Annual report of the Bengal Veterinary College and of the Civil Veterinary Department, Bengal, for the year 1899-1900 - 1899-1900
Year: 1899
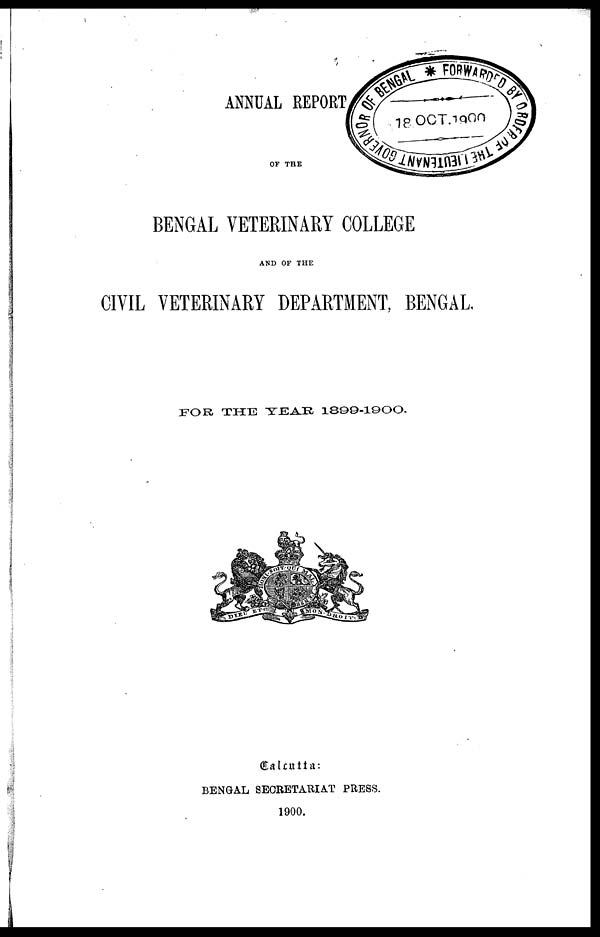
ANNUAL REPORT
of the
BENGAL VETERINARY COLLEGE
AND OF THE
CIVIL VETERINARY DEPARTMENT, BENGAL,
FOR THE YEAR 1899-1900.
Calcutta:
BENGAL SECRETARIAT PRESS.
1900.